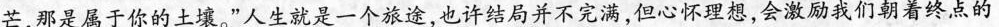
芒，那是属于你的土壤。”人生就是一个旅途，也许结局并不完满，但心怀理想，会激励我们朝着终点的